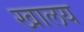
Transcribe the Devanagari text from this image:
खालय